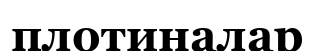
плотиналар